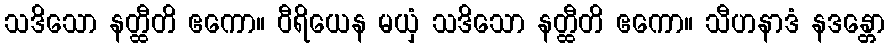
သဒိသော နတ္ထီတိ ဧကော။ ဝီရိယေန မယှံ သဒိသော နတ္ထီတိ ဧကော။ သီဟနာဒံ နဒန္တော